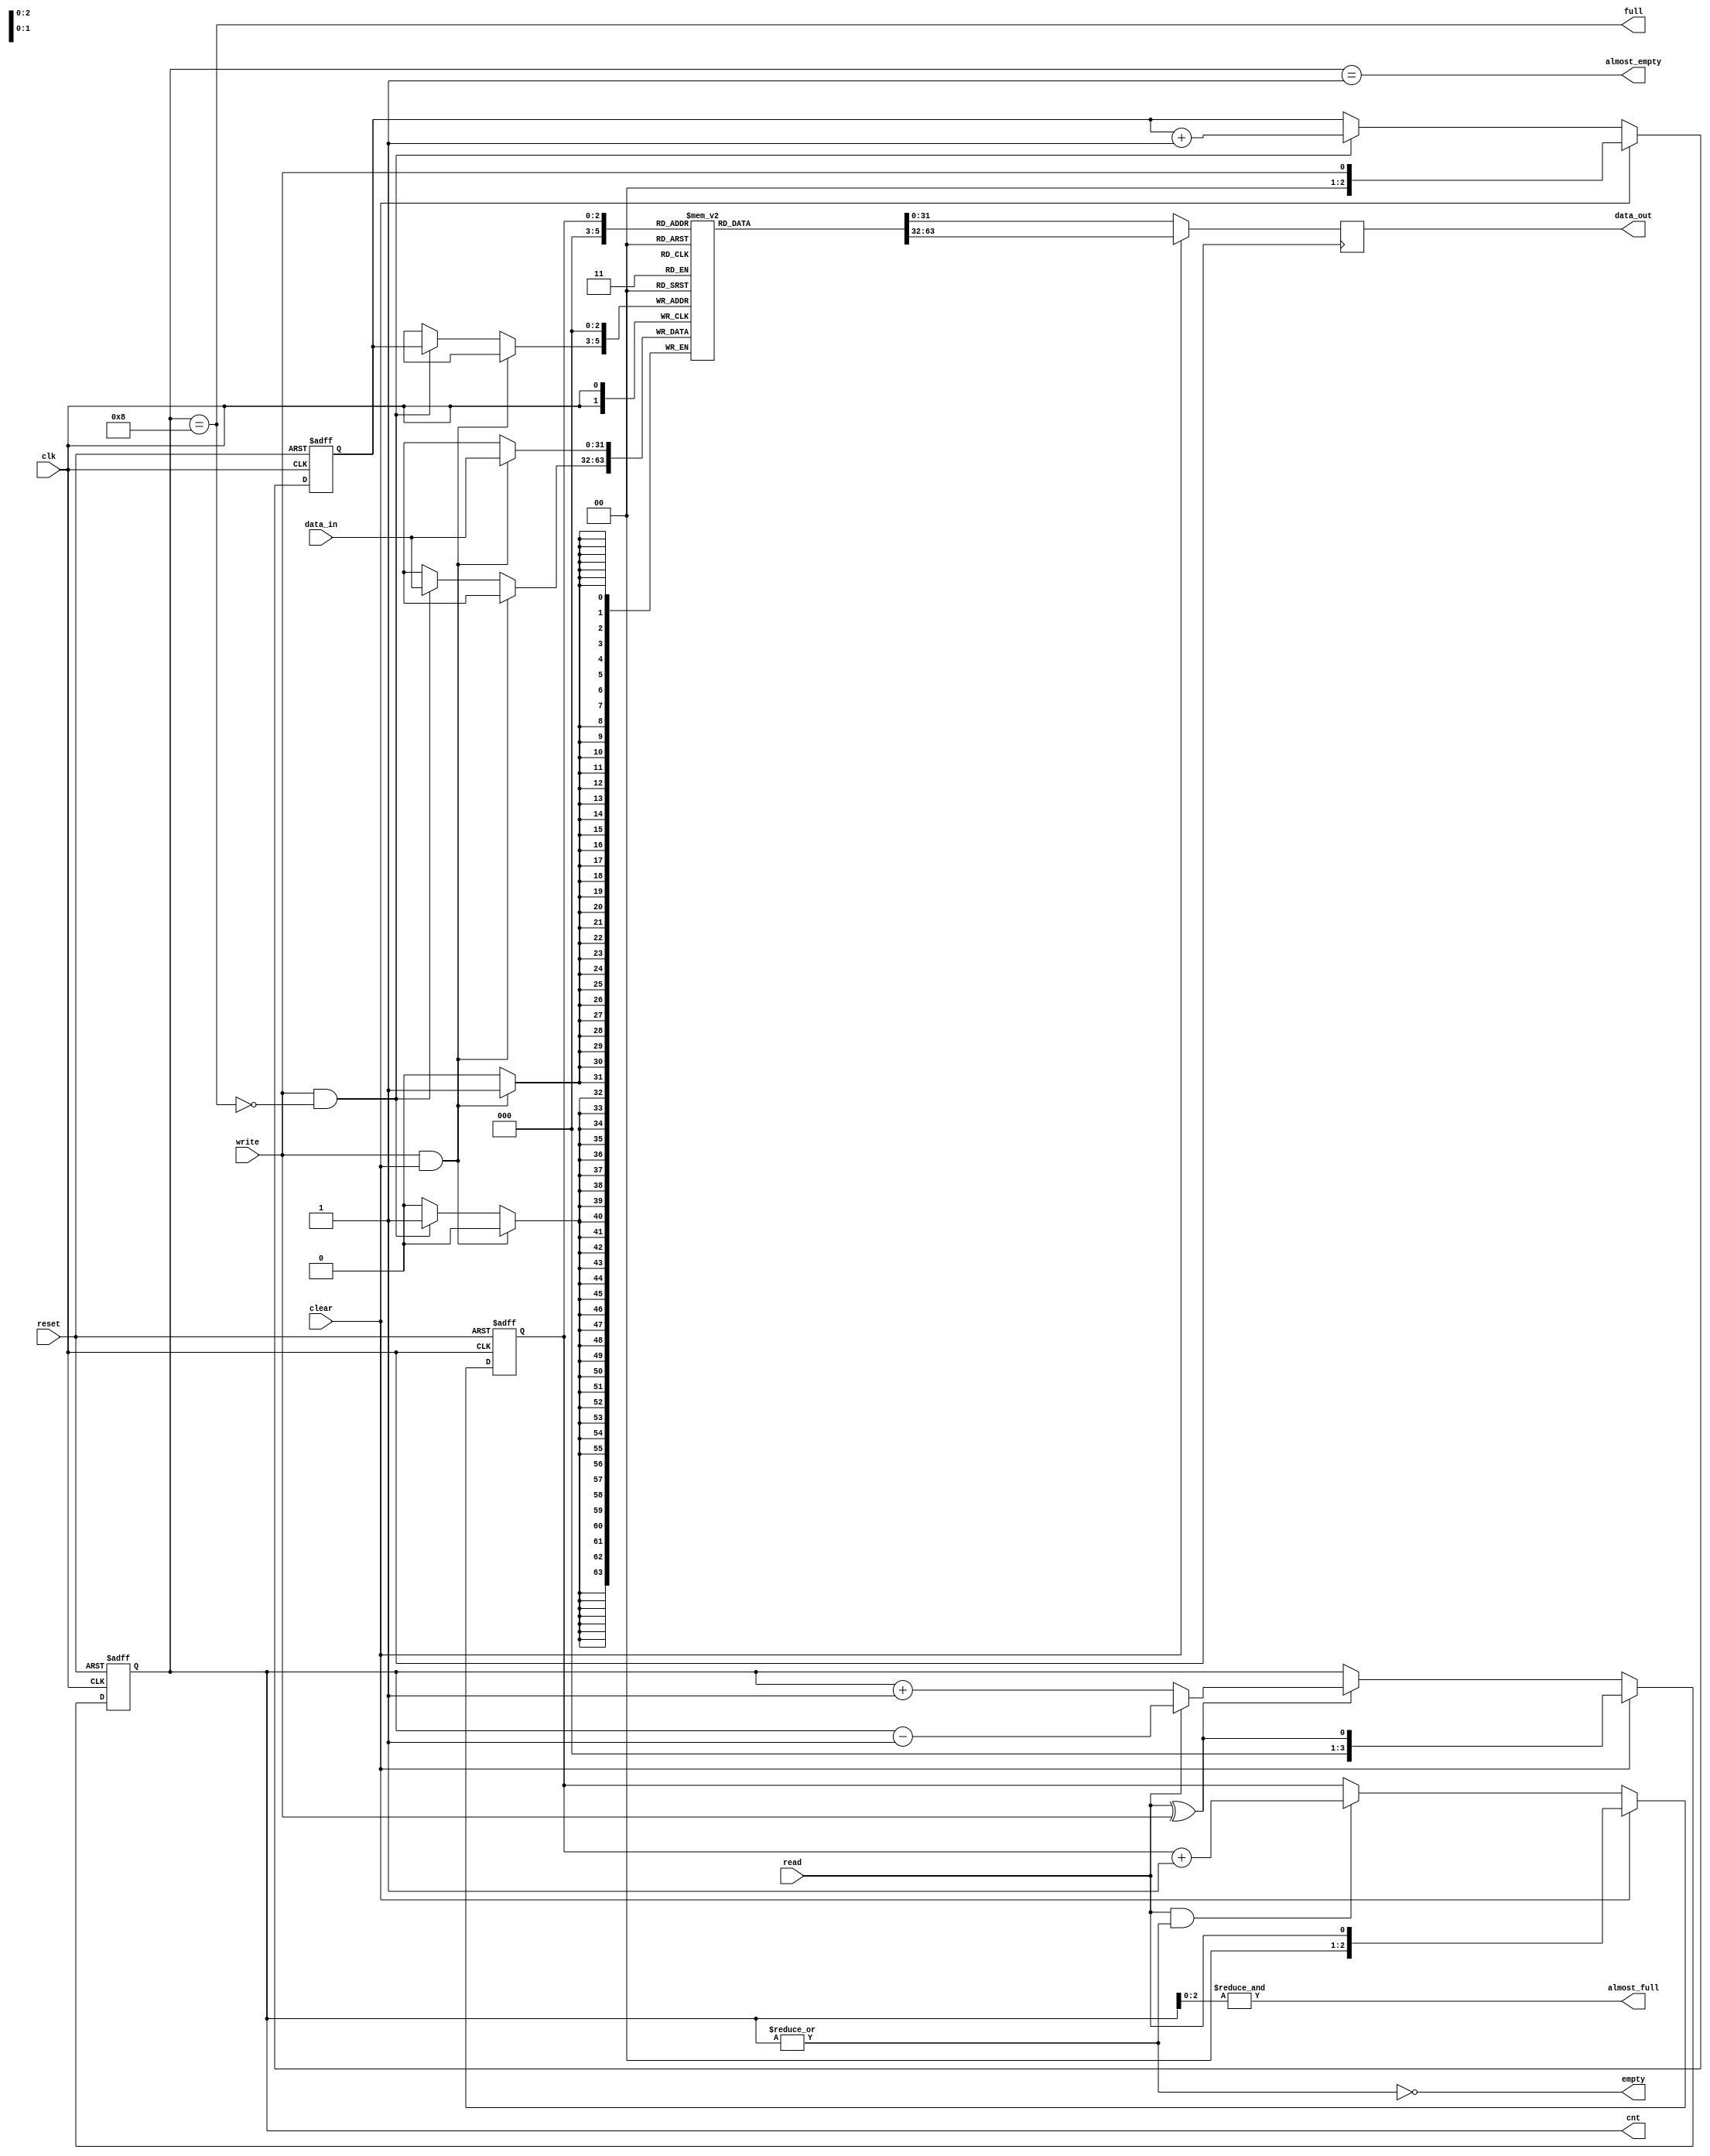
module eth_fifo (data_in, data_out, clk, reset, write, read, clear, almost_full, full, almost_empty, empty, cnt);

parameter DATA_WIDTH    = 32;
parameter DEPTH         = 8;
parameter CNT_WIDTH     = 4;

parameter Tp            = 1;

input                     clk;
input                     reset;
input                     write;
input                     read;
input                     clear;
input   [DATA_WIDTH-1:0]  data_in;

output  [DATA_WIDTH-1:0]  data_out;
output                    almost_full;
output                    full;
output                    almost_empty;
output                    empty;
output  [CNT_WIDTH-1:0]   cnt;

`ifdef ETH_FIFO_XILINX
`else
  `ifdef ETH_ALTERA_ALTSYNCRAM
  `else
    reg     [DATA_WIDTH-1:0]  fifo  [0:DEPTH-1];
    reg     [DATA_WIDTH-1:0]  data_out;
  `endif
`endif

reg     [CNT_WIDTH-1:0]   cnt;
reg     [CNT_WIDTH-2:0]   read_pointer;
reg     [CNT_WIDTH-2:0]   write_pointer;


always @ (posedge clk or posedge reset)
begin
  if(reset)
    cnt <=#Tp 0;
  else
  if(clear)
    cnt <=#Tp { {(CNT_WIDTH-1){1'b0}}, read^write};
  else
  if(read ^ write)
    if(read)
      cnt <=#Tp cnt - 1'b1;
    else
      cnt <=#Tp cnt + 1'b1;
end

always @ (posedge clk or posedge reset)
begin
  if(reset)
    read_pointer <=#Tp 0;
  else
  if(clear)
    read_pointer <=#Tp { {(CNT_WIDTH-2){1'b0}}, read};
  else
  if(read & ~empty)
    read_pointer <=#Tp read_pointer + 1'b1;
end

always @ (posedge clk or posedge reset)
begin
  if(reset)
    write_pointer <=#Tp 0;
  else
  if(clear)
    write_pointer <=#Tp { {(CNT_WIDTH-2){1'b0}}, write};
  else
  if(write & ~full)
    write_pointer <=#Tp write_pointer + 1'b1;
end

assign empty = ~(|cnt);
assign almost_empty = cnt == 1;
assign full  = cnt == DEPTH;
assign almost_full  = &cnt[CNT_WIDTH-2:0];



`ifdef ETH_FIFO_XILINX
  xilinx_dist_ram_16x32 fifo
  ( .data_out(data_out), 
    .we(write & ~full),
    .data_in(data_in),
    .read_address( clear ? {CNT_WIDTH-1{1'b0}} : read_pointer),
    .write_address(clear ? {CNT_WIDTH-1{1'b0}} : write_pointer),
    .wclk(clk)
  );
`else   // !ETH_FIFO_XILINX
`ifdef ETH_ALTERA_ALTSYNCRAM
  altera_dpram_16x32	altera_dpram_16x32_inst
  (
  	.data             (data_in),
  	.wren             (write & ~full),
  	.wraddress        (clear ? {CNT_WIDTH-1{1'b0}} : write_pointer),
  	.rdaddress        (clear ? {CNT_WIDTH-1{1'b0}} : read_pointer ),
  	.clock            (clk),
  	.q                (data_out)
  );  //exemplar attribute altera_dpram_16x32_inst NOOPT TRUE
`else   // !ETH_ALTERA_ALTSYNCRAM
  always @ (posedge clk)
  begin
    if(write & clear)
      fifo[0] <=#Tp data_in;
    else
   if(write & ~full)
      fifo[write_pointer] <=#Tp data_in;
  end
  

  always @ (posedge clk)
  begin
    if(clear)
      data_out <=#Tp fifo[0];
    else
      data_out <=#Tp fifo[read_pointer];
  end
`endif  // !ETH_ALTERA_ALTSYNCRAM
`endif  // !ETH_FIFO_XILINX


endmodule